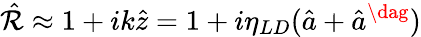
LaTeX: \hat{\mathcal{R}}\approx 1+ik\hat{z}=1+i\eta_{LD}(\hat{a}+\hat{a}^{\dag})